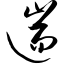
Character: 遄